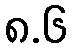
၈.၆